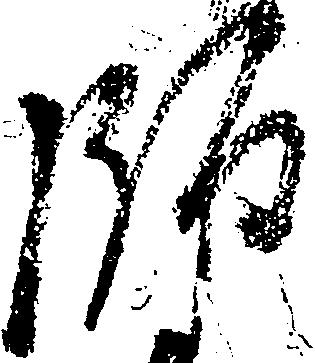
師